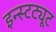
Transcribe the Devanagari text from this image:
इन्स्टट्यूट